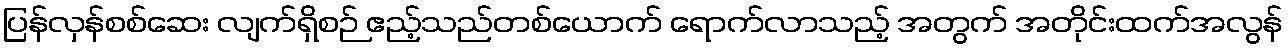
ပြန်လှန်စစ်ဆေး လျက်ရှိစဉ် ဧည့်သည်တစ်ယောက် ရောက်လာသည့် အတွက် အတိုင်းထက်အလွန်